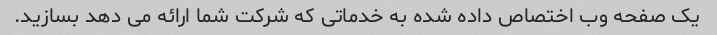
یک صفحه وب اختصاص داده شده به خدماتی که شرکت شما ارائه می دهد بسازید.